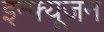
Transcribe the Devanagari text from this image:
इन्फ्यूजन